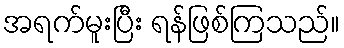
အရက်မူးပြီး ရန်ဖြစ်ကြသည်။